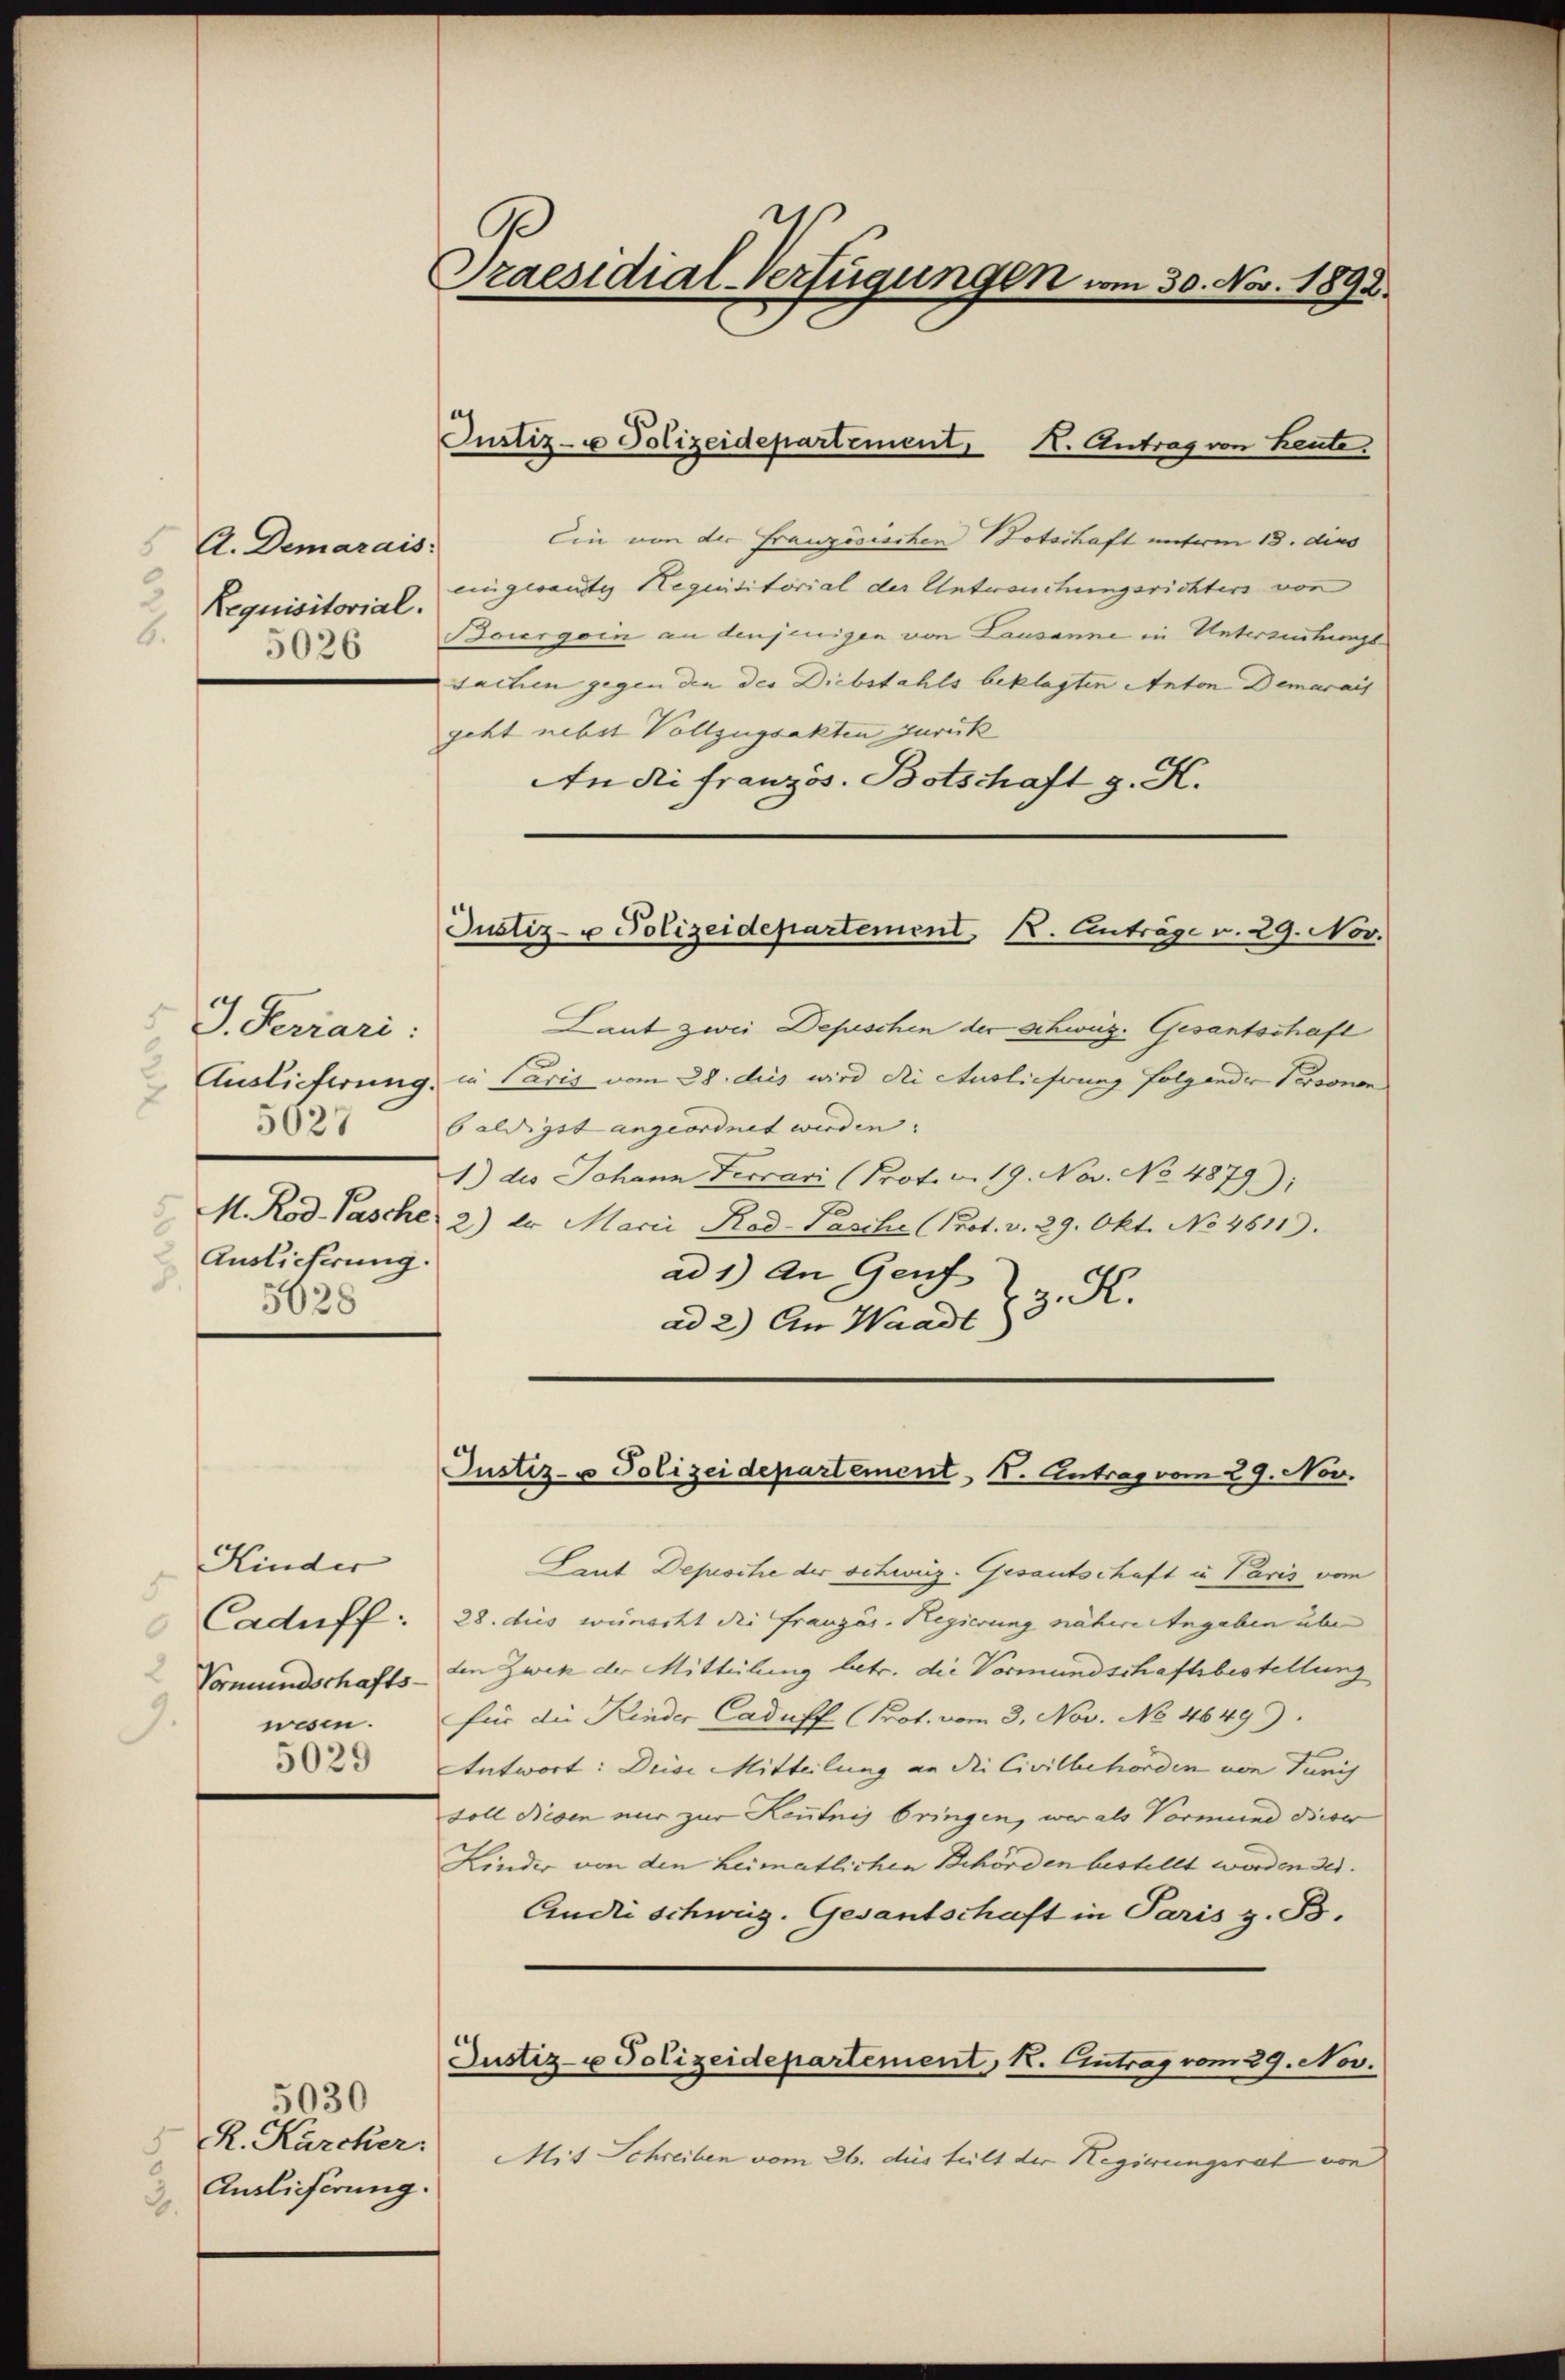
A. Demarais.
Requisitorial.
2.
5026

J. Ferrari:
Auslieferung.
5028

Kinder
5
Caduff:
2
Vormundschafts-
9.
wesen.
5029

5030
R. Karcker.
5.
Auslieferung.
.

Praesidial-Verfügungen vom 30. Nov. 1892.

Ein von der Französischen Botschaft unterm 13. dies
eingesantes Requisitorial der Untersuchungsrichten von
Bourgoin an denjenigen von Lausanne in Unterziehungssachen gegen den des Diebstahls beklagten Anton. Demarais
geht nebst Vollzugsakten zurück
An di französ. Botschaft g. K.

Justiz- u Polizeidepartement K. Antrag von heute.

Justiz- u Polizeidepartement K. Anträge v. 29. Nov.

Laut zwei Depeschen der schwüg. Gesantschaft
Auslieferung, in Paris vom 28. dies wird die Auslieferung folgender Personen
21 baldigst angeordnet werden. |
1.) des Johann Ferrari (Prot. v. 19. Nov. No. 4879);
M. Rod. Pasche 2) Er Marie Kad- Pasche (Prot. v. 29. Okt. No 4611).
ad 1) an Genf
z. R.
ad 2.) An Waadt

Justiz- u Polizeidepartement, I. Antrag vom 29. Nov.

Laut Depesche der schweiz. Gesantschaft in Paris vom
28. dies wünscht die Französ. Regierung nähere Angaben über
den Zwek der Mitteilung betr. die Vormundschaftsbestellung
für die Kinder Caduff (Prot. vom 3. Nov. No 46499.
Antwort: Diese Mitteilung an die Civilbehörden von Turch
toll diesen nur zur Kenntnis bringen, wer als Vormund dieser
Linder von den heimatlichen Behörden bestellt worden sei.
Endii schweig. Gesantschaft in Paris z. B.
Justiz- u Polizeidepartement K. Eintrag vom 29. Nov.
Mit Schreiben vom 26. des teilt der Regierungsrat von